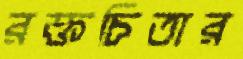
রক্তচিতার